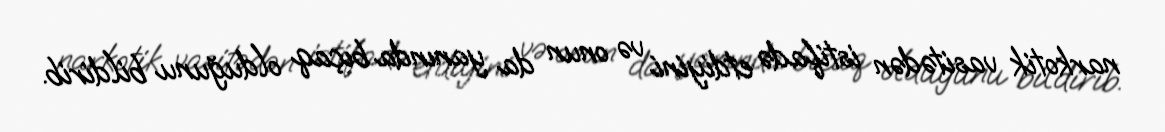
narkotik vasitədən istifadə etdiyini və onun da yanında bıçaq olduğunu bildirib.